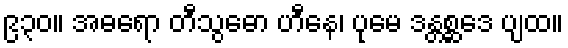
၉၃၀။ အဓရော တီသွဓော ဟီနေ၊ ပုမေ ဒန္တစ္ဆဒေ ပျထ။